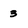
Character: 3